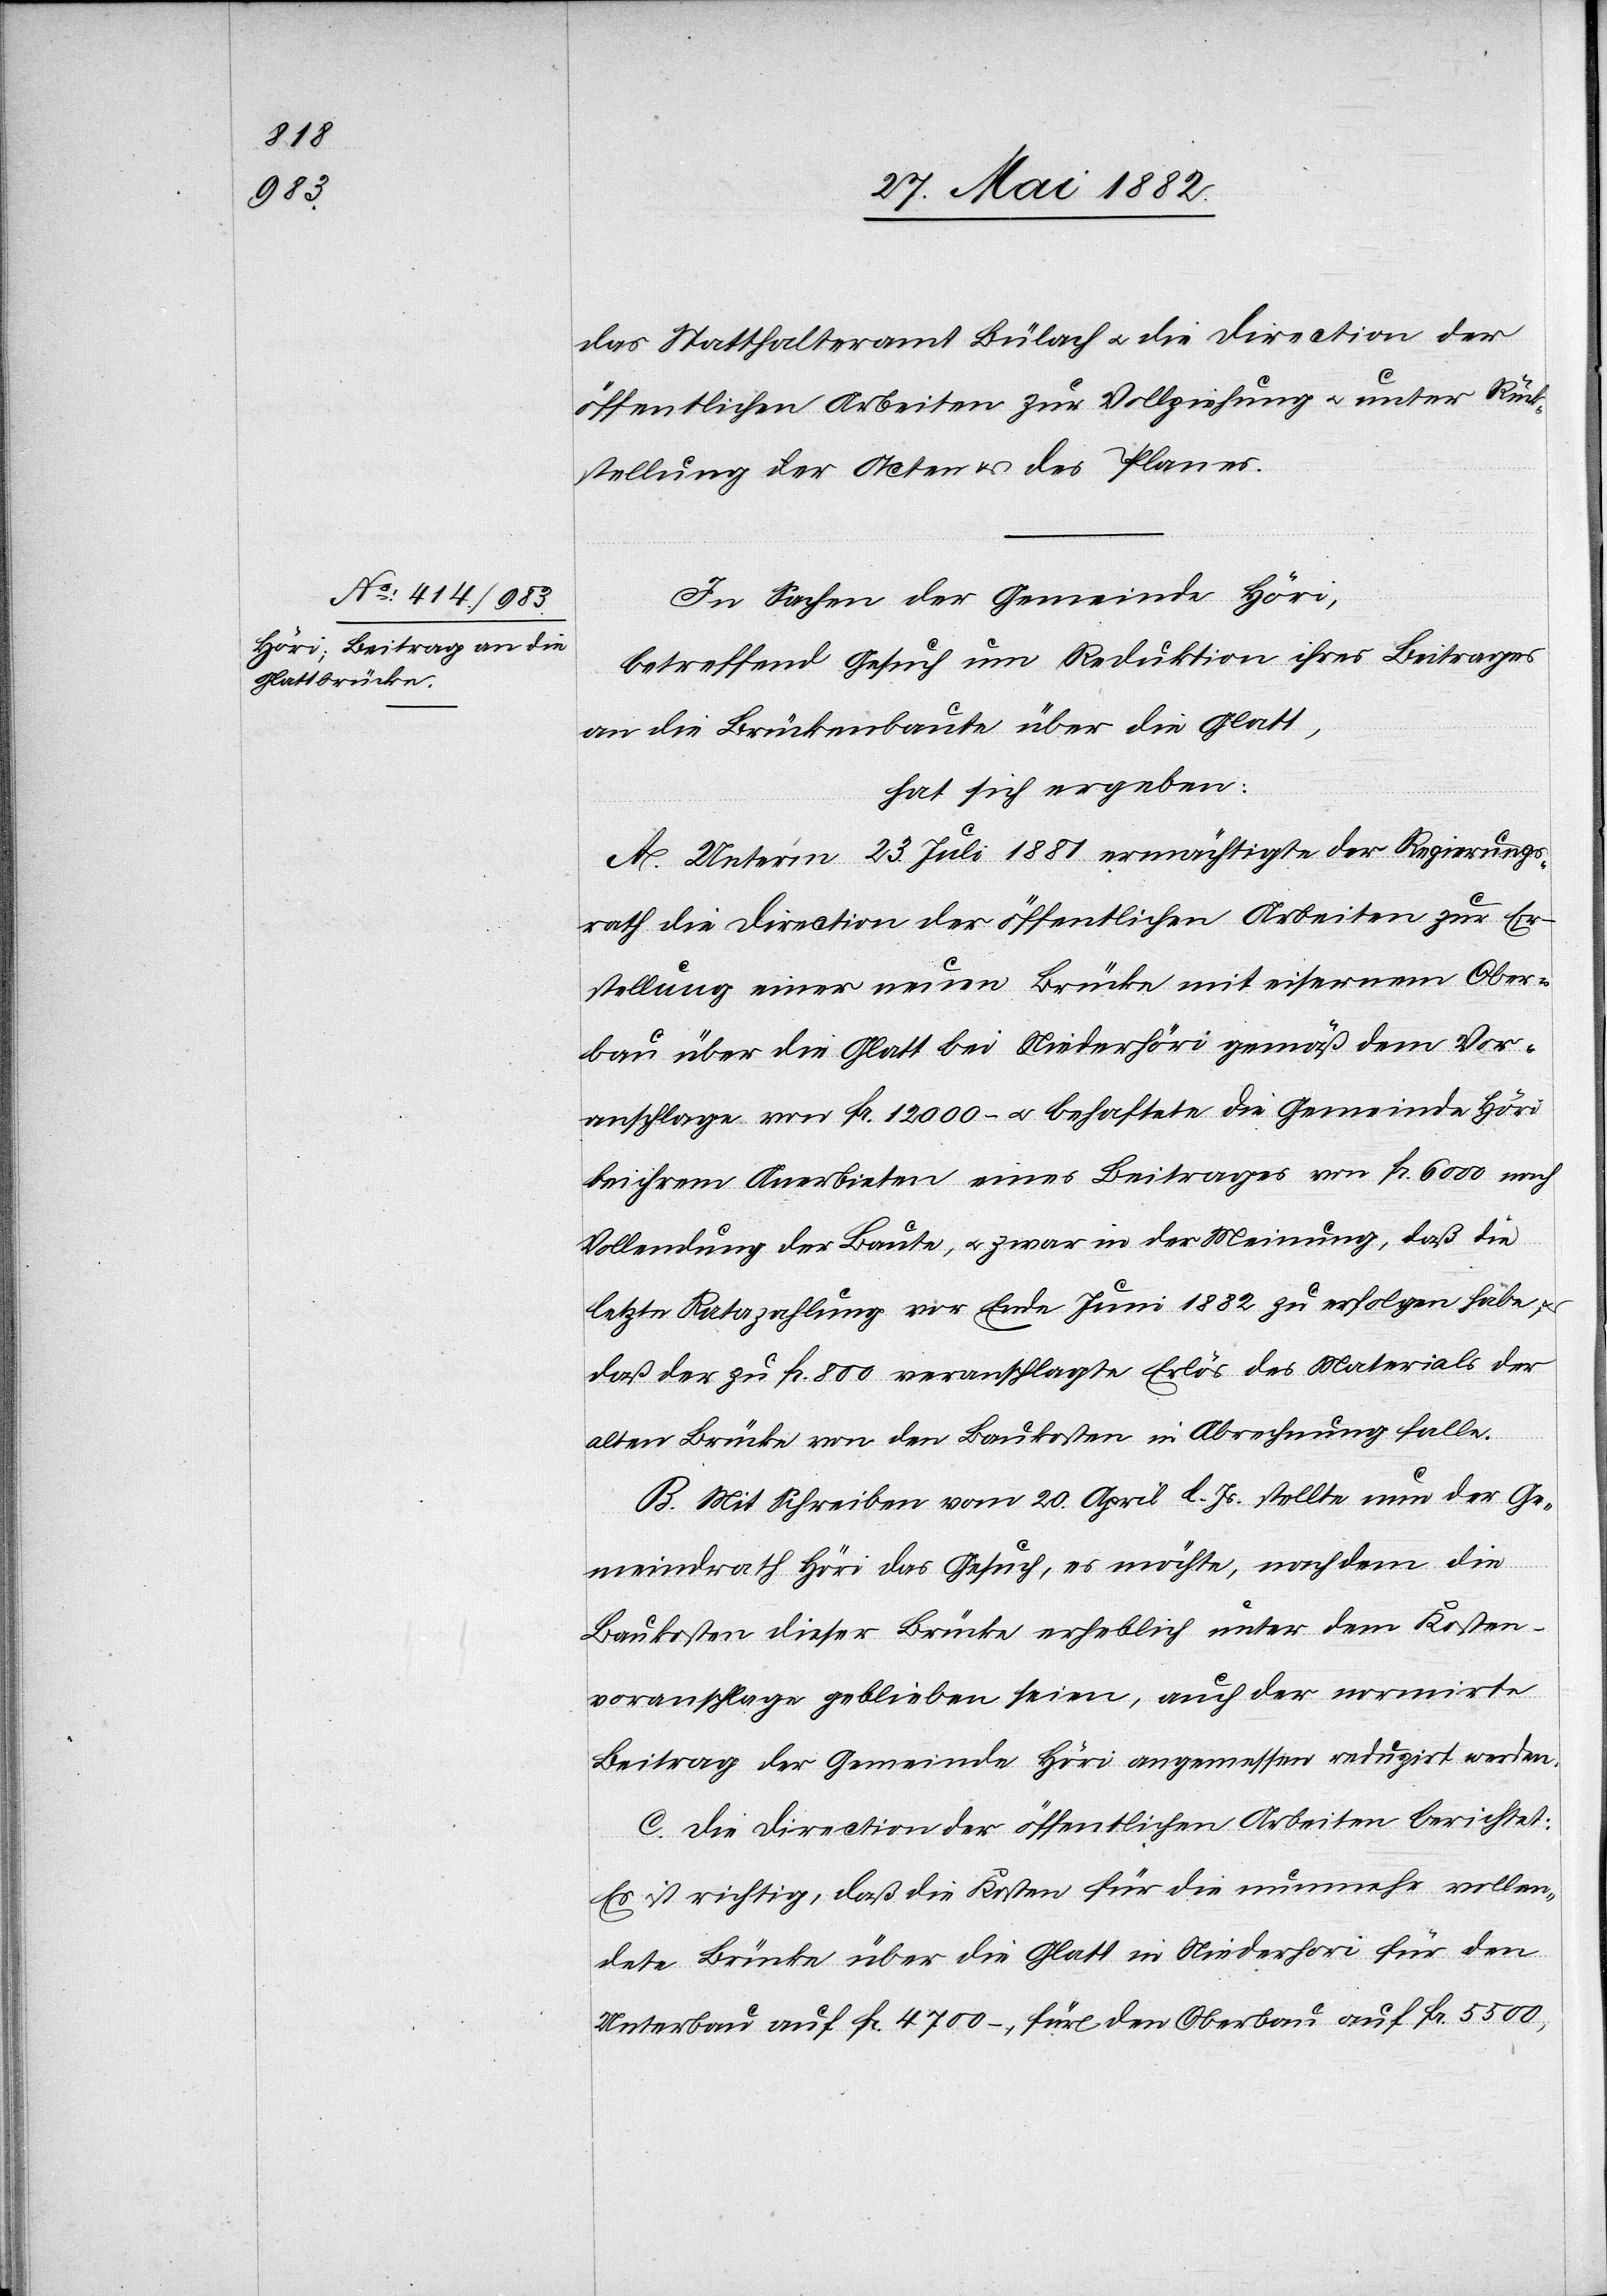
das Statthalteramt Bülach u. die Direction der
öffentlichen Arbeiten zur Vollziehung u. unter Rück¬
stellung der Acten & des Planes.
In Sachen der Gemeinde Höri,
betreffend Gesuch um Reduktion ihres Beitrages
an die Brückenbaute über die Glatt,
hat sich ergeben:
A. Unterm 23. Juli 1881 ermächtigte der Regierungs¬
rath die Direction der öffentlichen Arbeiten zur Er¬
stellung einer neuen Brücke mit eisernem Ober¬
bau über die Glatt bei Niederhöri gemäß dem Vor¬
anschlage von Fr. 12 000.– u. behaftete die Gemeinde Höri
bei ihrem Anerbieten eines Beitrages von Fr. 6000 nach
Vollendung der Baute, u. zwar in der Meinung, daß die
letzte Ratazahlung vor Ende Juni 1882 zu erfolgen habe,
daß der zu Fr. 800 veranschlagte Erlös des Materials der
alten Brücke von den Baukosten in Abrechnung falle.
B. Mit Schreiben vom 20. April l. Js. stellte nun der Ge¬
meindrath Höri das Gesuch, es möchte, nachdem die
Baukosten dieser Brücke erheblich unter dem Kosten¬
voranschlage geblieben seien, auch der normirte
Beitrag der Gemeinde Höri angemessen reduzirt werden.
C. Die Direction der öffentlichen Arbeiten berichtet:
Es ist richtig, daß die Kosten für die nunmehr vollen¬
dete Brücke über die Glatt in Niederhöri für den
Unterbau auf Fr. 4700.–. für den Oberbau auf Fr. 5500,